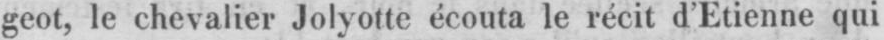
geot, le chevalier Jolyotte écouta le récit d’Etienne qui